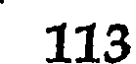
113